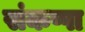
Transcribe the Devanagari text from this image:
संकप्पा